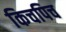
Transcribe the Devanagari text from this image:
किचपिच